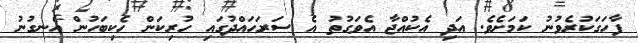
ފާހަގަކުރެވުނު ކަމަށެވެ. އަދި އެކުއްޖާ އެވަގުތު އެ ސަރަހައްދުގައި ހުރިކަން ހެކިބަހުން އެނގުނު